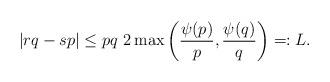
LaTeX: \begin{align*}\left| rq - sp \right| \leq pq \ 2\max \left( \frac{\psi(p)}p, \frac{\psi(q)}q \right) =: L. \end{align*}